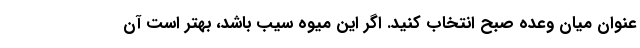
عنوان میان وعده صبح انتخاب کنید. اگر این میوه سیب باشد، بهتر است آن